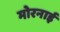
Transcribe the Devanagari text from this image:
मोरनाई